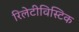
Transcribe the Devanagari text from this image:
रिलेटीविस्टिक